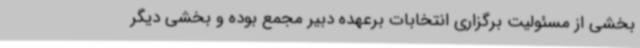
بخشی از مسئولیت برگزاری انتخابات برعهده دبیر مجمع بوده و بخشی دیگر